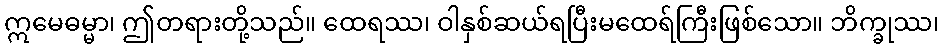
ဣမေဓမ္မာ၊ ဤတရားတို့သည်။ ထေရဿ၊ ဝါနှစ်ဆယ်ရပြီးမထေရ်ကြီးဖြစ်သော။ ဘိက္ခုဿ၊